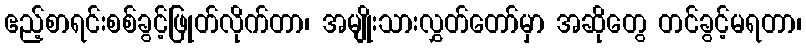
ဧည့်စာရင်းစစ်ခွင့်ဖြုတ်လိုက်တာ၊ အမျိုးသားလွှတ်တော်မှာ အဆိုတွေ တင်ခွင့်မရတာ၊